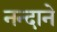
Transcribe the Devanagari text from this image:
नन्दाने